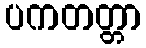
ပကတတ္တာ